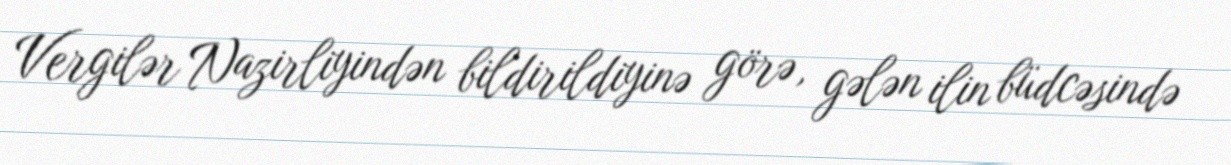
Vergilər Nazirliyindən bildirildiyinə görə, gələn ilin büdcəsində